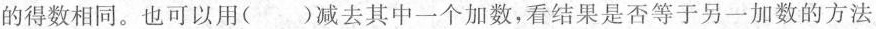
的得数相同。也可以用( )减去其中一个加数，看结果是否等于另一加数的方法